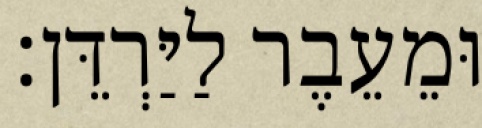
וּמֵעֵבֶר לַיַּרְדֵּן׃